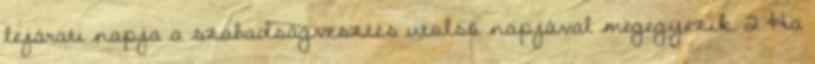
lejárati napja a szabadságvesztés utolsó napjával megegyezik. 2 Ha